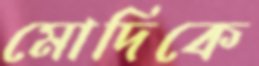
মোদিকে